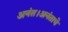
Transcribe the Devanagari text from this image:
अनंत।अनंताचे